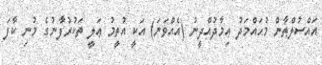
އައްސުލްޠާން މުޙައްމަދު ޢިމާދުއްދީނު (އެއްވަނަ) އަކީ އުތީމު ޢަލީ ތަކުރުފާނުގެ މުނި ކާފަ